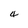
Character: 4